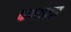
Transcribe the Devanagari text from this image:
कणकापूर